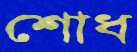
শোধ